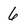
Character: 6